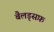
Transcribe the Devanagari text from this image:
बैलड्सफ़